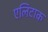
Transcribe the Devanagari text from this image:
एलिटाक